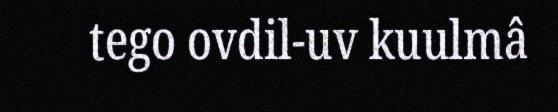
tego ovdil-uv kuulmâ